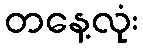
တနေ့လုံး